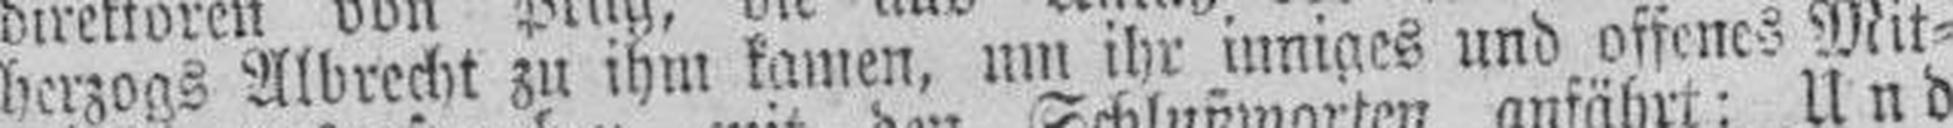
herzogs Albrecht zu ihm kamen, um ihr inniges und offenes Mit¬